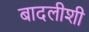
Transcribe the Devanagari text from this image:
बादलीशी